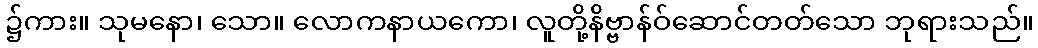
၌ကား။ သုမနော၊ သော။ လောကနာယကော၊ လူတို့နိဗ္ဗာန်ဝ်ဆောင်တတ်သော ဘုရားသည်။